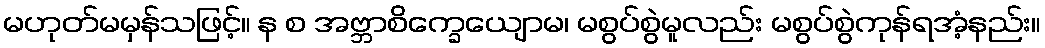
မဟုတ်မမှန်သဖြင့်။ န စ အဗ္ဘာစိက္ခေယျောမ၊ မစွပ်စွဲမူလည်း မစွပ်စွဲကုန်ရအံ့နည်း။